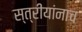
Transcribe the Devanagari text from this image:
स्त्रीयांनाच